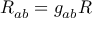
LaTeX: R _ { a b } = g _ { a b } R